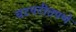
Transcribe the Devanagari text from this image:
चटपटीतपणे